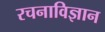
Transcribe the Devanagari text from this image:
रचनाविज्ञान